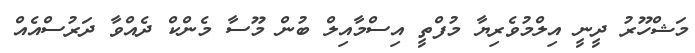
މަޝްހޫރު ދީނީ އިލްމުވެރިޔާ މުފްތީ އިސްމާއިލް ބުން މޫސާ މެންކް ދެއްވާ ދަރުސްއެއް